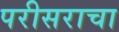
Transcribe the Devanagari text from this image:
परीसराचा